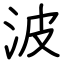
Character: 波